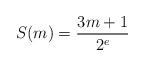
LaTeX: \begin{align*}S(m) = \frac{3m + 1}{2^e}\end{align*}